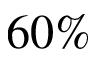
6 0 \%